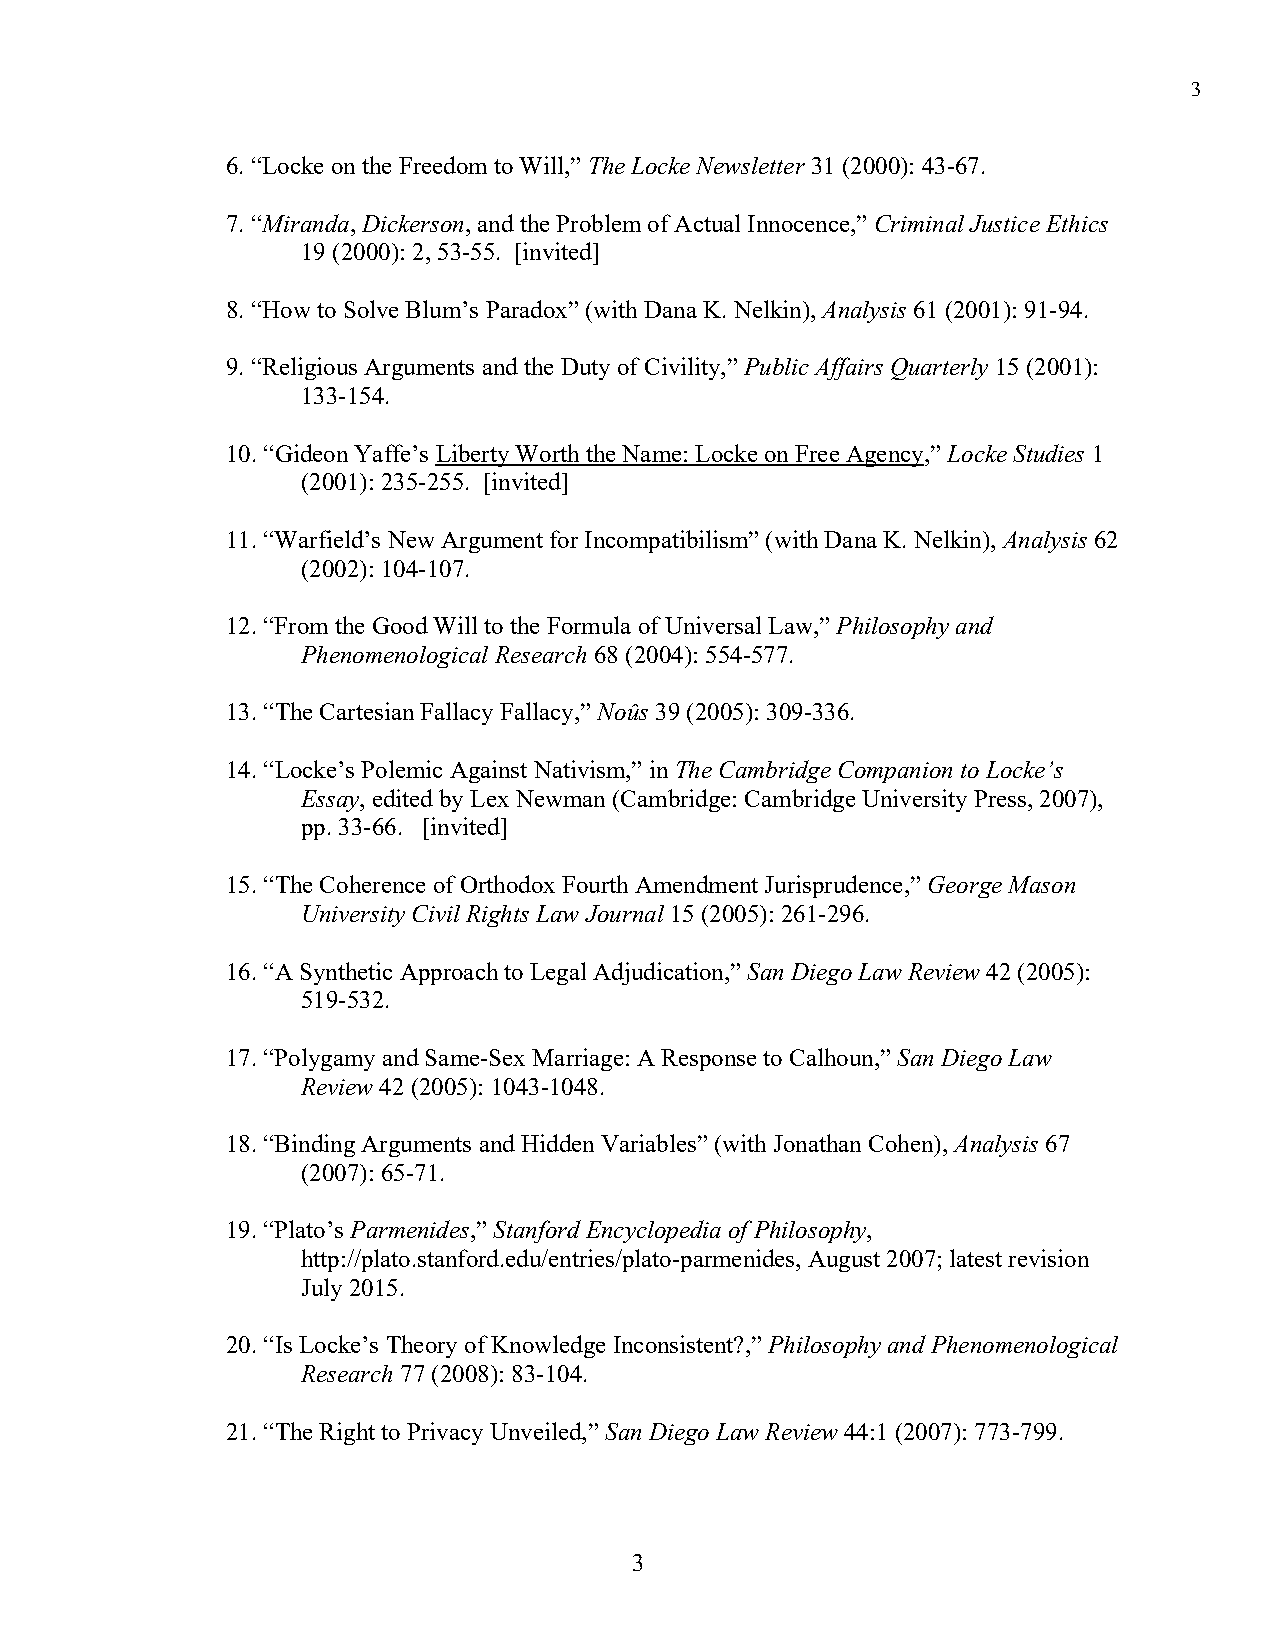
3
 6. “Locke on the Freedom to Will,” The Locke Newsletter 31 (2000): 43-67.
 7. “Miranda, Dickerson, and the Problem of Actual Innocence,” Criminal Justice Ethics
 19 (2000): 2, 53-55. [invited]
 8. “How to Solve Blum’s Paradox” (with Dana K. Nelkin), Analysis 61 (2001): 91-94.
 9. “Religious Arguments and the Duty of Civility,” Public Affairs Quarterly 15 (2001):
 133-154.
 10. “Gideon Yaffe’s Liberty Worth the Name: Locke on Free Agency,” Locke Studies 1
 (2001): 235-255. [invited]
 11. “Warfield’s New Argument for Incompatibilism” (with Dana K. Nelkin), Analysis 62
 (2002): 104-107.
 12. “From the Good Will to the Formula of Universal Law,” Philosophy and
 Phenomenological Research 68 (2004): 554-577.
 13. “The Cartesian Fallacy Fallacy,” Noûs 39 (2005): 309-336.
 14. “Locke’s Polemic Against Nativism,” in The Cambridge Companion to Locke’s
 Essay, edited by Lex Newman (Cambridge: Cambridge University Press, 2007),
 pp. 33-66. [invited]
 15. “The Coherence of Orthodox Fourth Amendment Jurisprudence,” George Mason
 University Civil Rights Law Journal 15 (2005): 261-296.
 16. “A Synthetic Approach to Legal Adjudication,” San Diego Law Review 42 (2005):
 519-532.
 17. “Polygamy and Same-Sex Marriage: A Response to Calhoun,” San Diego Law
 Review 42 (2005): 1043-1048.
 18. “Binding Arguments and Hidden Variables” (with Jonathan Cohen), Analysis 67
 (2007): 65-71.
 19. “Plato’s Parmenides,” Stanford Encyclopedia of Philosophy,
 http://plato.stanford.edu/entries/plato-parmenides, August 2007; latest revision
 July 2015.
 20. “Is Locke’s Theory of Knowledge Inconsistent?,” Philosophy and Phenomenological
 Research 77 (2008): 83-104.
 21. “The Right to Privacy Unveiled,” San Diego Law Review 44:1 (2007): 773-799.
 3